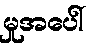
မှုအပေါ်